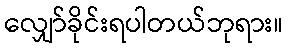
လျှော်ခိုင်းရပါတယ်ဘုရား။